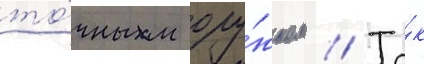
то́чным ору́жием // Та́к